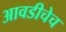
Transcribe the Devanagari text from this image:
आवडीचेच